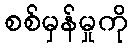
စစ်မှန်မှုကို